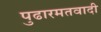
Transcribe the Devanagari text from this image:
पुढारमतवादी